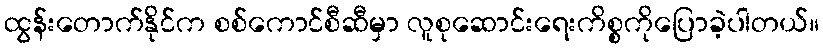
ထွန်းတောက်နိုင်က စစ်ကောင်စီဆီမှာ လူစုဆောင်းရေးကိစ္စကိုပြောခဲ့ပါတယ်။